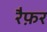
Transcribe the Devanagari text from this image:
रैफ़र